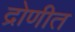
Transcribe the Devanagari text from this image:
द्रोणीत